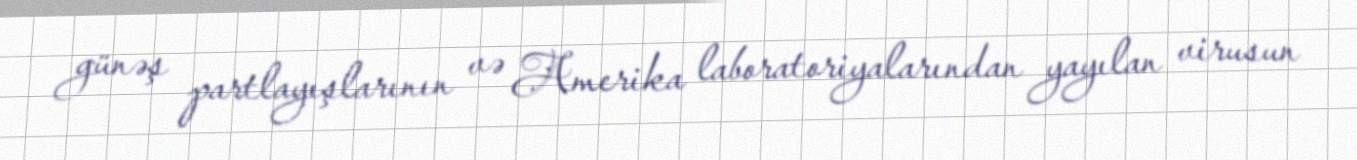
günəş partlayışlarının və Amerika laboratoriyalarından yayılan virusun